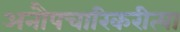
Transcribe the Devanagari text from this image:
अनौपचारिकरीत्या